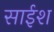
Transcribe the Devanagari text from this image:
साईश